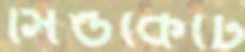
সিন্ডকেটে